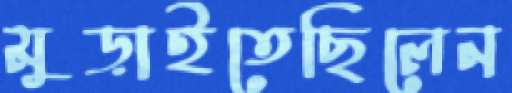
মুড়াইতেছিলেন